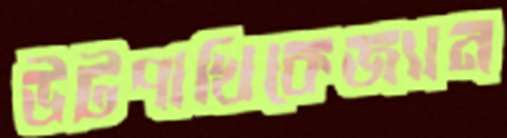
উটপাখিকেজ্যান